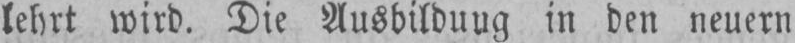
lehrt wird. Die Ausbildung in den neuern